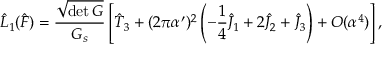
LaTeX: \hat { { \cal L } } _ { 1 } ( \hat { F } ) = \frac { \sqrt { \operatorname * { d e t } G } } { G _ { s } } \left[ \hat { T } _ { 3 } + ( 2 \pi \alpha ^ { \prime } ) ^ { 2 } \left( - \frac { 1 } { 4 } \hat { J } _ { 1 } + 2 \hat { J } _ { 2 } + \hat { J } _ { 3 } \right) + O ( \alpha ^ { 4 } ) \right] ,